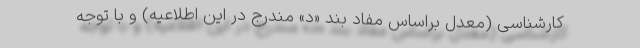
کارشناسی (معدل براساس مفاد بند «د» مندرج در این اطلاعیه) و با توجه‌